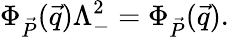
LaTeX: \Phi_{\vec{P}}(\vec{q})\Lambda_{-}^{2}=\Phi_{\vec{P}}(\vec{q}).